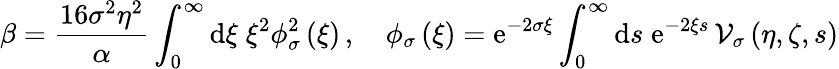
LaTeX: \beta=\frac{16\sigma^{2}\eta^{2}}{\alpha}\int_{0}^{\infty}\mathrm{d}\xi\; \xi^{2}\phi_{\sigma}^{2}\left(\xi\right)\, ,\quad\phi_{\sigma}\left(\xi\right)=\mathrm{e}^{-2\sigma\xi}\int_{0}^{\infty}\mathrm{d}s\; \mathrm{e}^{-2\xi s}\, {\cal V}_{\sigma}\left(\eta,\zeta,s\right)